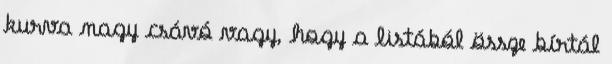
kurva nagy csávó vagy, hogy a listából össze bírtál